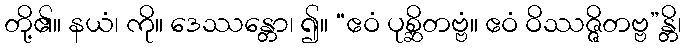
တို့၏။ နယံ၊ ကို။ ဒေဿန္တော၊ ၍။ “ဧဝံ ပုစ္ဆိတဗ္ဗံ။ ဧဝံ ဝိဿဇ္ဇိတဗ္ဗ”န္တိ၊